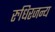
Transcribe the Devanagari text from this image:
रुधिरजन्य